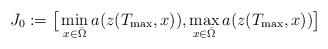
LaTeX: \begin{align*}J_{0} := \big[\min_{x \in \bar{\Omega}} a(z(T_{\mathrm{max}}, x)), \max_{x \in \bar{\Omega}} a(z(T_{\mathrm{max}}, x))\big] \end{align*}